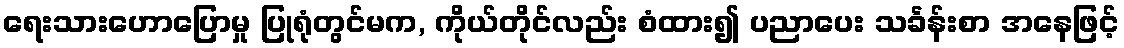
ရေးသားဟောပြောမှု ပြုရုံတွင်မက, ကိုယ်တိုင်လည်း စံထား၍ ပညာပေး သင်္ခန်းစာ အနေဖြင့်